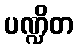
ပဏ္ဍိတ